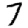
Digit: 7